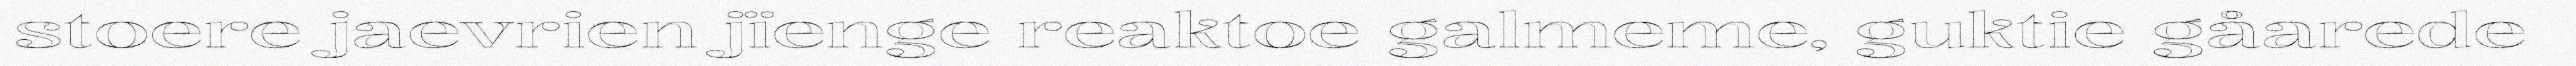
stoere jaevrien jïenge reaktoe galmeme, guktie gåarede